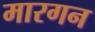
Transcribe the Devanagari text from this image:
मारगन